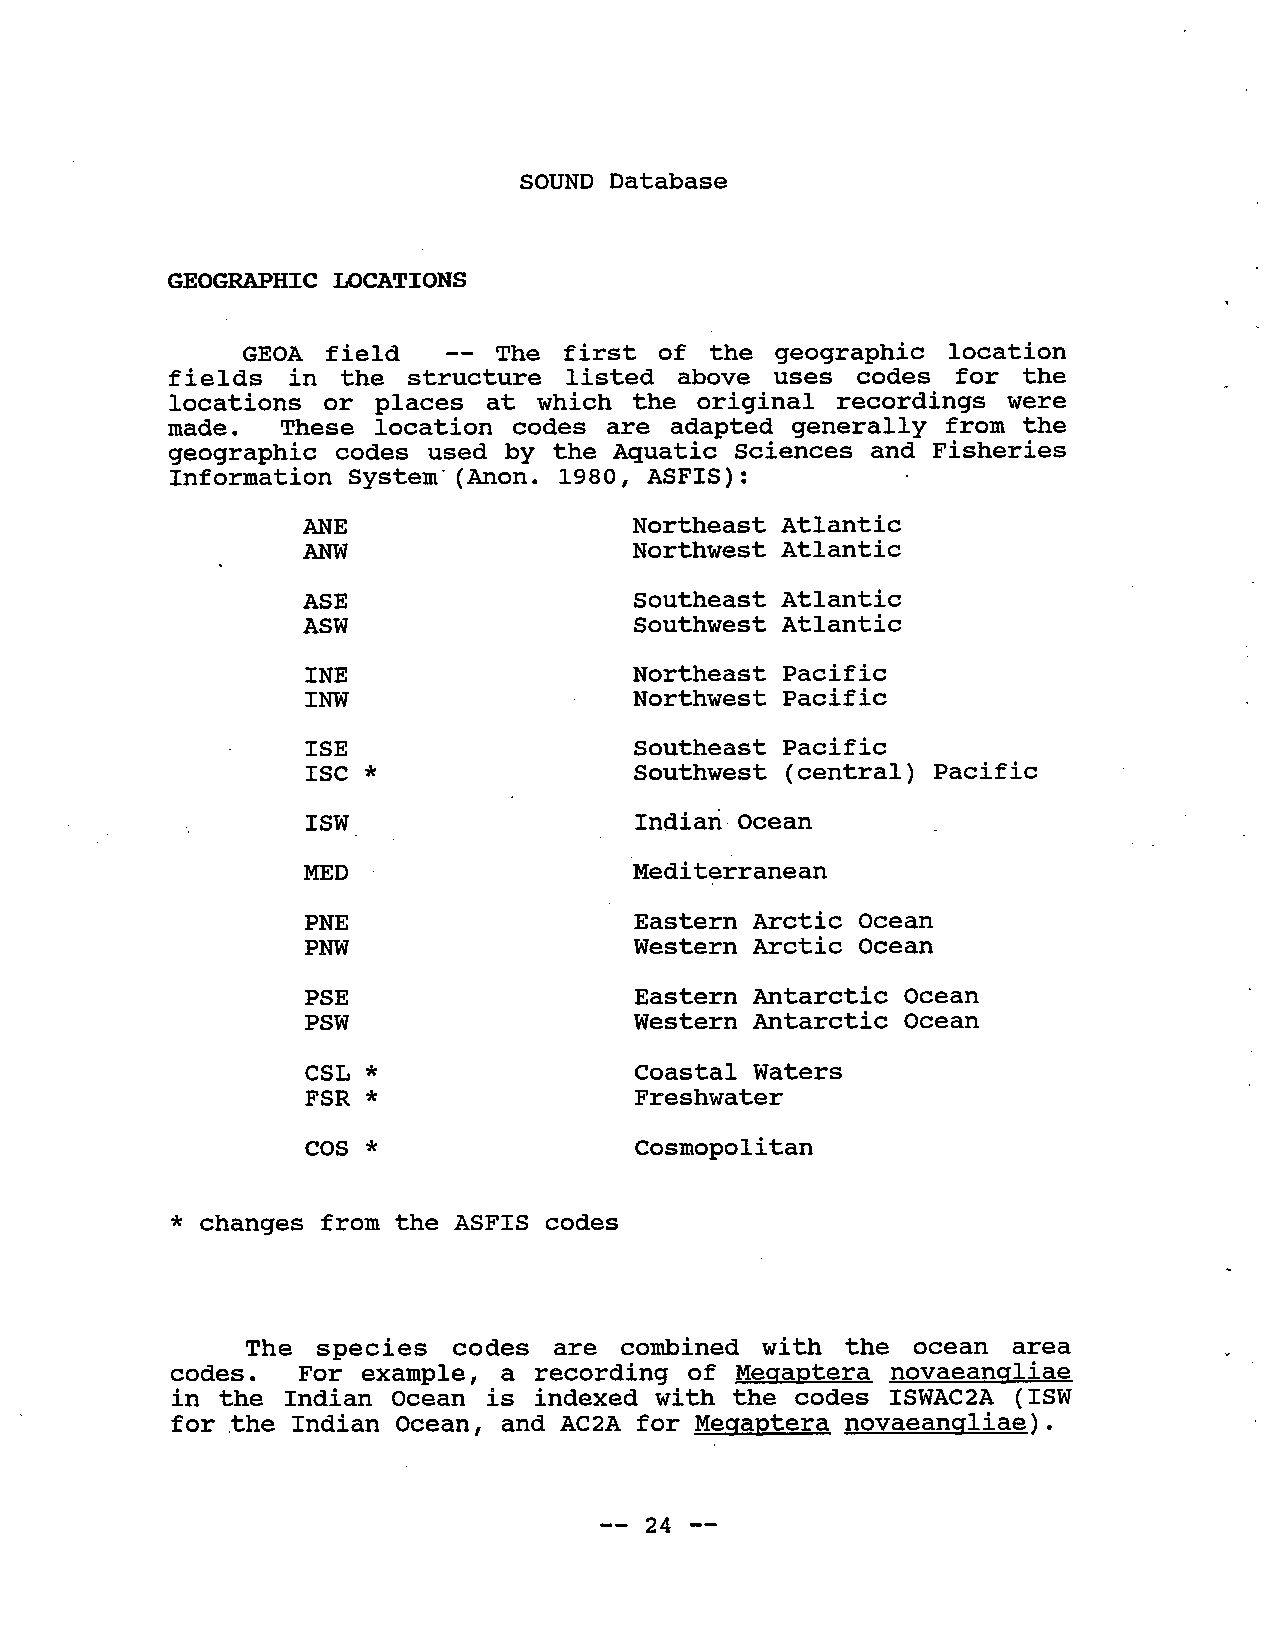
SOUND Database
 GEOGRAHIC  LOCATIONS
 GEOA  field -- The  first of  the geographic  location
 fields  in the structure  listed  above uses  codes for the
 locations  or places at which the  original recordings were
 made.  These  location codes are adapted  generally from the
 geographic codes used by the Aquatic Sciences and  Fisheries
 Information System' (Anon. 1980, ASFIS):
 ANE                   Northeast Atlantic
 AN                    Northwest Atlantic
 ASE                   Southeast Atlantic
 ASW                   Southwest Atlantic
 INE                   Northeast Pacific
 INW                   Northwest Pacific
 ISE                   Southeast Pacific
 ISC *                 Southwest  (central) Pacif ic
 ISW                   Indian Ocean
 an
 MED
 Medi terrane
 PNE                   Eastern Arctic Ocean
 PNW                   Western Arctic Ocean
 PSE                   Eastern Antarctic Ocean
 PSW                   Western Antarctic Ocean
 CSL *                 Coastal Waters
 FSR *                 Freshwater
 COS *                 cosmopoli tan
 * changes from the ASFIS codes
 The  species codes  are combined  with  the ocean  area
 codes.  For example, a recording  of Meqaptera novaeanqliae
 in the  Indian Ocean is indexed with the codes  ISWAC2A (ISW
 for ,the Indian Ocean, and AC2A for Meqaptera novaeanqliae).
 -- 24 --